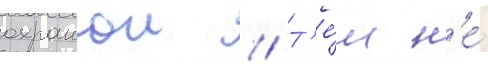
охранои // Т'е́м н'е́